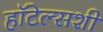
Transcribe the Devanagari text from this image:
हॉटेल्सशी